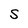
Character: S